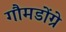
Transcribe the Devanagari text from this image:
गौमडोंग्रे